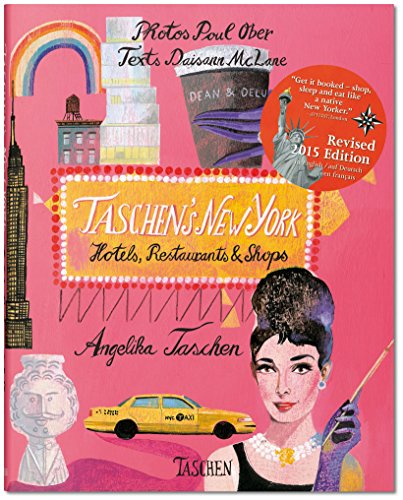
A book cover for TASCHEN's New York: 2nd Edition; Travel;